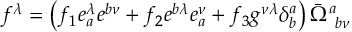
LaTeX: f ^ { \lambda } = \left( f _ { 1 } e _ { a } ^ { \lambda } e ^ { b \nu } + f _ { 2 } e ^ { b \lambda } e _ { a } ^ { \nu } + f _ { 3 } g ^ { \nu \lambda } \delta _ { b } ^ { a } \right) \bar { \Omega } _ { ~ b \nu } ^ { a }